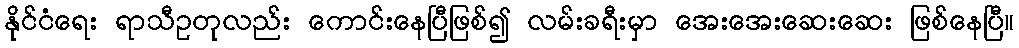
နိုင်ငံရေး ရာသီဥတုလည်း ကောင်းနေပြီဖြစ်၍ လမ်းခရီးမှာ အေးအေးဆေးဆေး ဖြစ်နေပြီ။